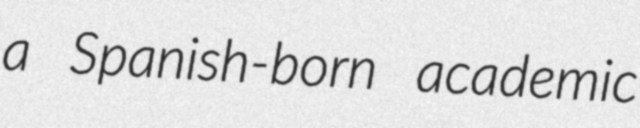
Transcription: a Spanish-born academic